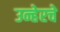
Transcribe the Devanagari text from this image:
उन्हेरचे